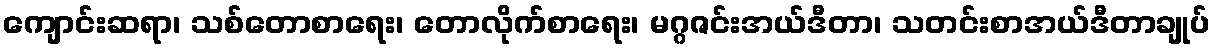
ကျောင်းဆရာ၊ သစ်တောစာရေး၊ တောလိုက်စာရေး၊ မဂ္ဂဇင်းအယ်ဒီတာ၊ သတင်းစာအယ်ဒီတာချုပ်